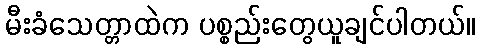
မီးခံသေတ္တာထဲက ပစ္စည်းတွေယူချင်ပါတယ်။